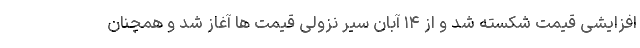
افزایشی قیمت شکسته شد و از ۱۴ آبان سیر نزولی قیمت ها آغاز شد و همچنان